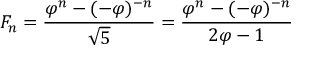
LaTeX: F _ { n } = { \frac { \varphi ^ { n } - ( - \varphi ) ^ { - n } } { \sqrt { 5 } } } = { \frac { \varphi ^ { n } - ( - \varphi ) ^ { - n } } { 2 \varphi - 1 } }